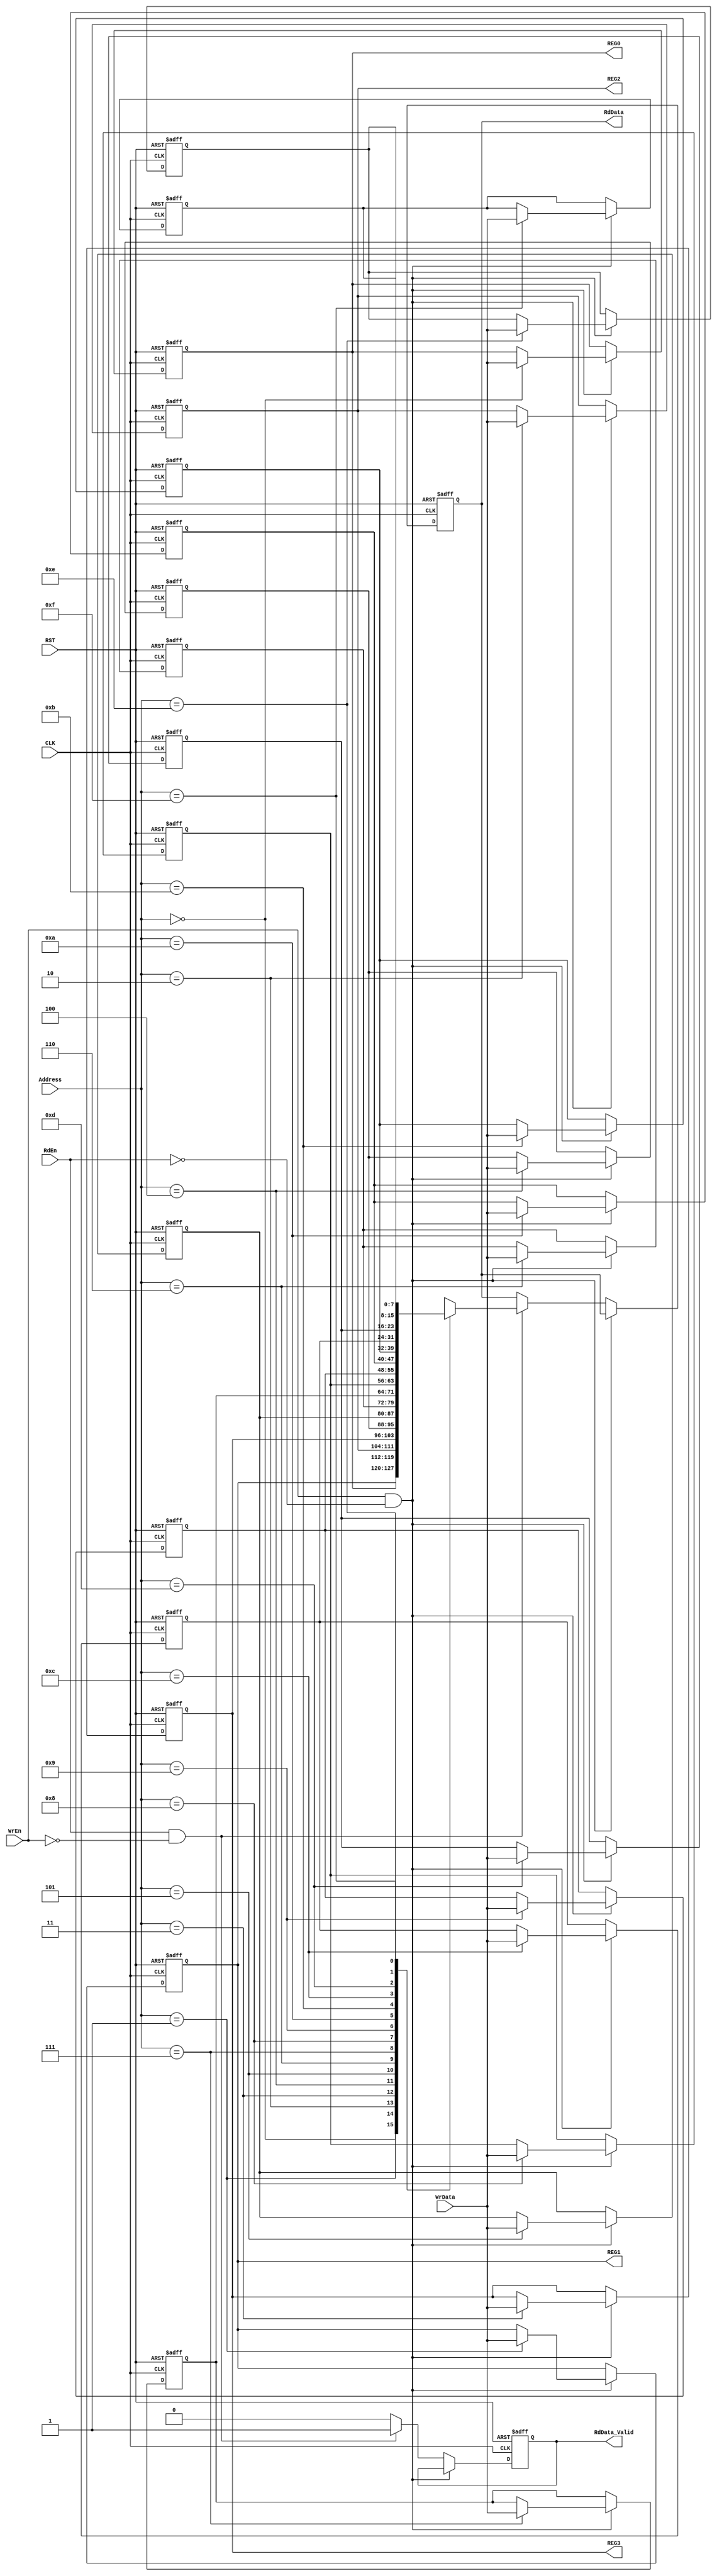
module RegisterFile #(parameter Depth = 16 , DATA = 8 , ADD = 4)
					(
					input wire[DATA-1:0] WrData,
					input wire[ADD-1:0] Address,
					input wire WrEn,
					input wire RdEn,
					input wire CLK,
					input wire RST,

					output reg[DATA-1:0] RdData,
					output reg RdData_Valid,
					output [DATA-1:0] REG0,
					output [DATA-1:0] REG1,
					output [DATA-1:0] REG2,
					output [DATA-1:0] REG3
					);

reg[DATA-1:0] mem [Depth-1:0] ;
integer i;
always @(posedge CLK or negedge RST) begin
	if(!RST) begin
		RdData <= {DATA{1'b0}};
		RdData_Valid <= 1'b0;
		for(i=0;i<16;i=i+1) begin
			if(i == 2) begin
				mem[i] <= 8'b1000_0001;
			end else if(i == 3) begin
				mem[i] <= 8'b0010_0000;
			end else begin
				mem[i] <= {DATA{1'b0}};
			end
		end
	end
	else if(WrEn && !RdEn) begin
			 mem[Address] <= WrData;
		end
	else if(RdEn && !WrEn) begin
			RdData <= mem[Address];
			RdData_Valid <= 1'b1;
	end else begin
		RdData_Valid <= 1'b0;
	end
end

assign REG0 = mem[0];
assign REG1 = mem[1];
assign REG2 = mem[2];
assign REG3 = mem[3];
endmodule